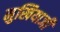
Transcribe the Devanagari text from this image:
मुखियाजी